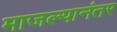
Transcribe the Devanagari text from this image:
माजल्यानंतर